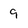
Character: 9